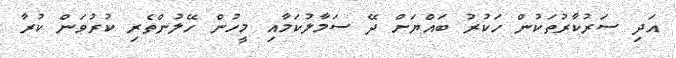
އަދި ސަރުކާރުތަކުން ހަކުރު ބައްޔަށް ދޭ ސަމާލުކަމާއި މީހުން ހޭލުންތެރި ކުރުވަން ކުރާ